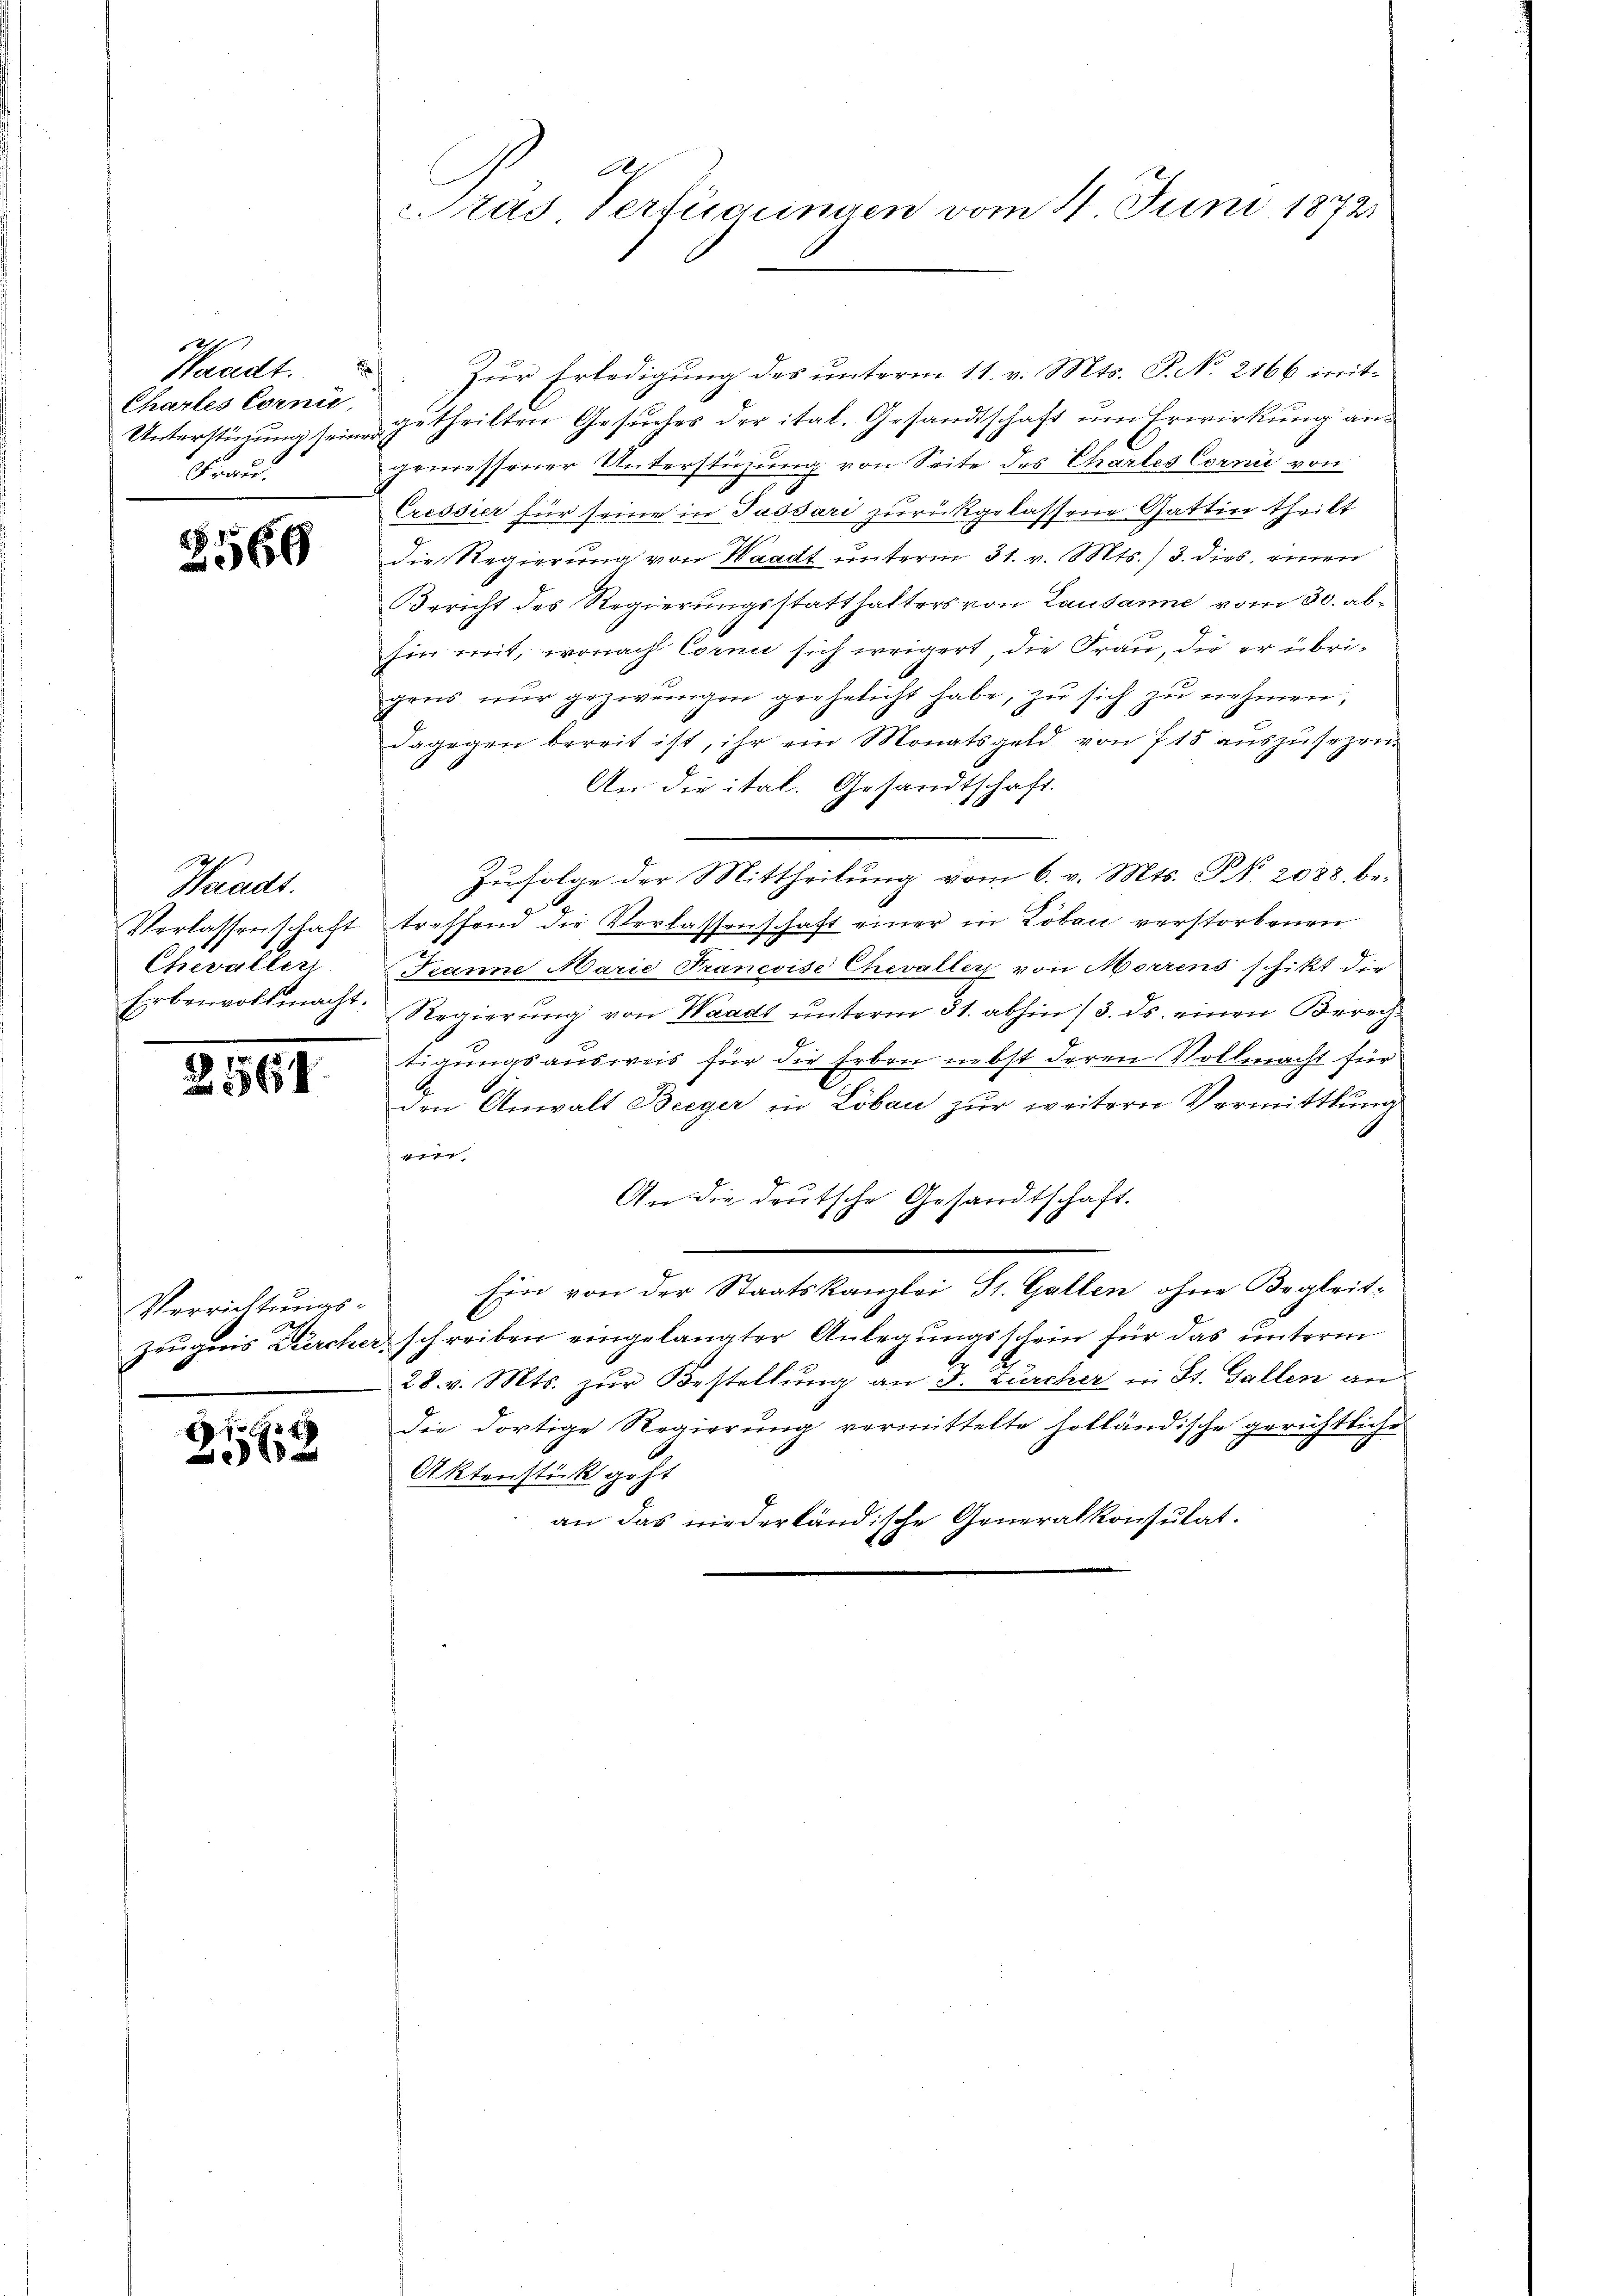
127
ftandt.
Charles Corni,
Unterstüzung sein
Frau.

2566

S
Waadt.
Verlassenschaft
Chevallen
Erbenvollmacht.

2564

Verrichtungs-
zeugnis Dürcher

E
 x

Pas Verfügungen vom 4. Juni 1872

Zur Erledigung des unterm 11. v. Mts. P. No. 2166 mitgetheilten Gesuches der ital. Gesandtschaft um Erwirkung angemessener Unterstüzung von Seite des Chartes Corni von
Cressier für seine in Passari zurückgelassene Gattin theilt
die Regierung von Waadt unterm 31. v. Mts. 3. dies einer
Bericht des Regierungsstatthalters von Lausanne vom 30. abhin mit, wonach Corni sich ereigert, die Frau, die er übrigros nŭr gezweigen geehelicht habe, zu sich zu nehmen,
dagegen bereit ist, ihr ein Monatsgeld von 715 aŭszŭsehen.
An die ital. Gesandtschaft.
Zufolge der Mittheilung vom 6. v. Mts. S. 2083, betreffend die Verlassenschaft einer in Tobau verstorbenen
Tanne Marie Trancoise Chevaller von Morrens schikt die
Regierŭng von Waadt ŭnterm 31. abhin /3. ds. einen Berech-
tigungsausweis für die Erben nebst deren Vollmacht für
den Anwalt Beeger in Löbau zur weitern Vermittlung
ff geg
An die deutsche Gesandtschaft.
Ein von der Staatskanzlei St. Gallen ohne Begleitschreiben eingelangter Anlegungsschein für das unterm
28. v. Mts. zŭr Bestellŭng an J. Zürcher in St. Gallen an
die dortige Regierung vormittelte holländische gerichtliche
Aktenstück geht
an das niederländische Generalkonsutat.